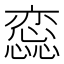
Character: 𢣫